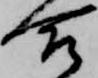
合